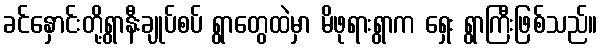
ခင်နှောင်းတို့ရွာနီးချုပ်စပ် ရွာတွေထဲမှာ မိဖုရားရွာက ရှေး ရွာကြီးဖြစ်သည်။